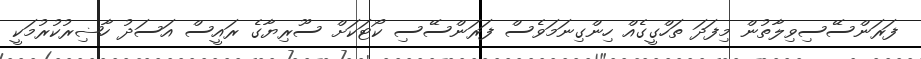
ފަރަންސޭސިވިލާތުން މިފަދަ ތަހްގީގެއް ހިންގިނަމަވެސް ފަރަންސޭސި ކޯޓަކަށް ސޫރިޔާގެ ރައީސް އަސަދު ހާޟިރުކުރުމަކީ